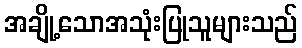
အချို့သောအသုံးပြုသူများသည်